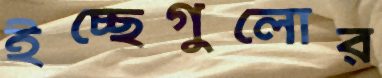
ইচ্ছেগুলোর